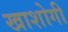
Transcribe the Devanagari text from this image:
खाशोगी